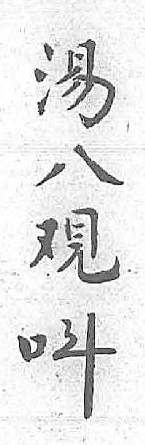
湯呌八 覌